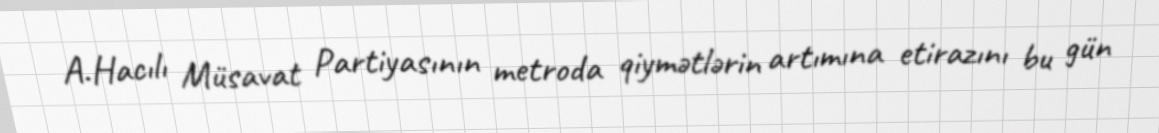
A.Hacılı Müsavat Partiyasının metroda qiymətlərin artımına etirazını bu gün